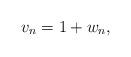
LaTeX: \begin{align*}v_n = 1+w_n,\end{align*}